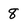
Character: 8